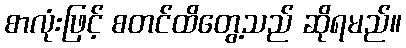
စာလုံးဖြင့် စတင်ထိတွေ့သည် ဆိုရမည်။